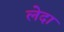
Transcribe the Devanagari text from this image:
लेदा